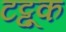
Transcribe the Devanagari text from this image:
टट्टूक